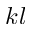
k l